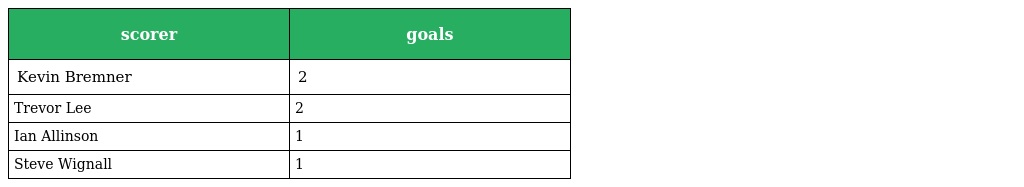
| scorer | goals |
 | --- | --- |
 | Kevin Bremner | 2 |
 | Trevor Lee | 2 |
 | Ian Allinson | 1 |
 | Steve Wignall | 1 |